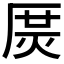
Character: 𤈲